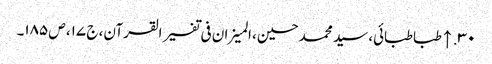
۳۰. ↑ طباطبائی، سید محمد حسین، المیزان فی تفسیر القرآن، ج ۱۷، ص ۱۸۵۔